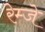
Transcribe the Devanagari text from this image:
रेम्जे